Lunatic asylums Central Provinces reports 1874-1885 - 1874-1885
Year: 1874
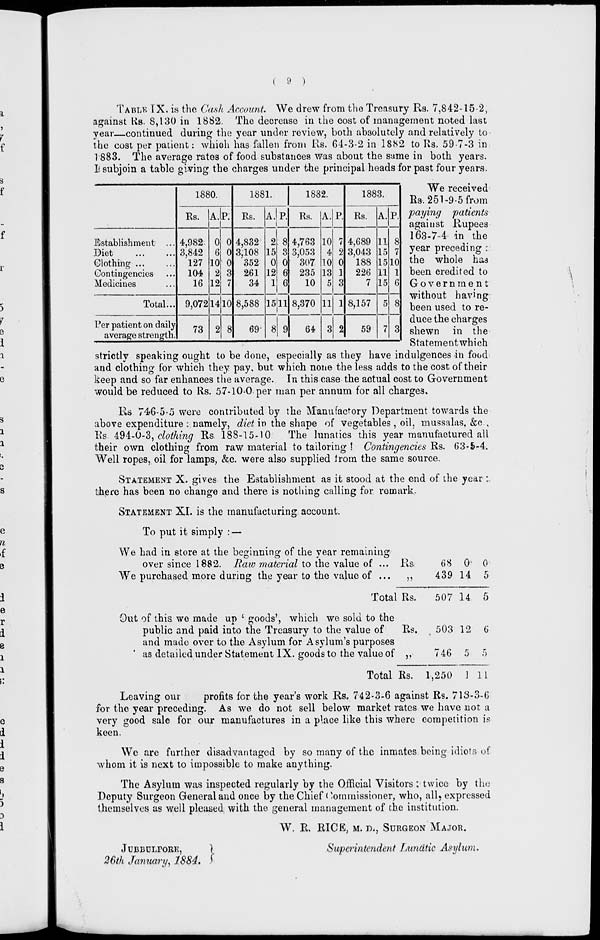
( 9 )
Establishment ...
Diet ... ...
Clothing ... ...
Contingencies ...
Medicines...
Total...
Per patient on daily
average strength.
1880.
Rs.
4,982
3,842
127
104
16
9,072
73
A.
0
6
10
2
12
14
2
P.
0
0
0
3
7
10
8
1881.
Rs.
4,832
3,108
352
261
34
8,588
69
A.
2
15
0
12
1
15
8
P.
8
3
0
6
6
11
9
1882.
Rs.
4,763
3,053
307
235
10
8,370
64
A.
10
4
10
13
5
11
3
P.
7
2
0
1
3
1
2
1883.
Rs.
4,689
3,043
188
226
7
8,157
59
A.
11
15
15
11
15
5
7
P.
8
7
10
1
6
8
3
TABLE IX. is the Cash Account. We drew from the Treasury Rs. 7,842-15-2,
against Rs. 8,130 in 1882. The decrease in the cost of management noted last
year—continued during the year under review, both absolutely and relatively to
the cost per patient: which has fallen from Rs. 64-3-2 in 1882 to Rs. 59-7-3 in
1883. The average rates of food substances was about the same in both years.
I subjoin a table giving the charges under the principal heads for past four years.
We received
Rs. 251-9-5 from
paying
patients
against Rupees
163-7-4 in the
year preceding :
the whole has
been credited to
Government
without having
been used to re-
duce the charges
shewn in the
Statement which
strictly speaking ought to be done, especially as they have indulgences in food
and clothing for which they pay. but which none the less adds to the cost of their
keep and so far enhances the average. In this case the actual cost to Government
would be reduced to Rs. 57-10-0 per man per annum for all charges.
Rs 746-5-5 were contributed by the Manufactory Department towards the
above expenditure : namely, diet in the shape of vegetables , oil, mussalas, &c ,
Rs. 494-0-3, clothing Rs 188-15-10
The lunatics this year manufactured all
their own clothing from raw material to tailoring ! Contingencies Rs. 63-5-4.
Well ropes, oil for lamps, &c. were also supplied from the same source.
STATEMENT X. gives the Establishment as it stood at the end of the year :
there has been no change and there is nothing calling for remark.
STATEMENT XI. is the manufacturing account.
To put it simply : —
We had in store at the beginning of the year remaining
over since 1882. Raw material to the value of ... Rs
We purchased more during the year to the value of ...
„
Total Rs.
Out of this we made up ' goods', which we sold to the
public and paid into the Treasury to the value of
Rs.
and made over to the Asylum for Asylum's purposes
as detailed under Statement IX. goods to the value of „
Total Rs.
68
439
507
503
746
1,250
0
14
14
12
5
1
0
5
5
6
5
11
Leaving our
profits for the year's work Rs. 742-3-6 against Rs. 713-3-6
for the year preceding. As we do not sell below market rates we have not a
very good sale for our manufactures in a place like this where competition is
keen.
We are further disadvantaged by so many of the inmates being idiots of
whom it is next to impossible to make anything.
The Asylum was inspected regularly by the Official Visitors : twice by the
Deputy Surgeon General and once by the Chief Commissioner, who, all, expressed
themselves as well pleased with the general management of the institution.
W. R. RICE, M. D., SURGEON MAJOR.
JUBBULPORE,
Superintendent Lunatic Asylum.
26th January, 1884.